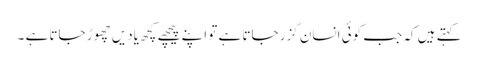
کہتے ہیں کہ جب کوئی انسان گزر جاتا ہے تو اپنے پیچھے کچھ یادیں چھوڑ جاتا ہے ۔